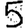
Digit: 5